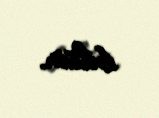
bilsin.